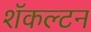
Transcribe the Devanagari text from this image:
शॅकल्टन